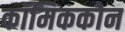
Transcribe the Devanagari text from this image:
कॉमिककोन